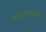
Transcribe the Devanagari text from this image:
संपादकीयानुसार